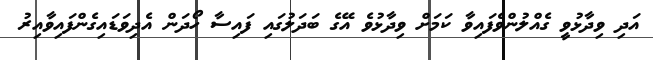
އަދި ވިދާޅުވީ ގެއްލުންވެފައިވާ ކަމަށް ވިދާޅުވެ އޭގެ ބަދަލުގައި ފައިސާ ހޯދަން އެދިވަޑައިގެންފައިވާއިރު